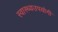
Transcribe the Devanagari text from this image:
स्वास्थ्यउपयोगी